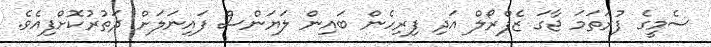
ސެމީގެ ފުރަތަމަ ޖާގަ ޒެފްރޯލް އަދި ފިރިހެން ބައިން ލަޔަންސް ފައިނަލަށް ދަތުރުކޮށްފިއެވެ.